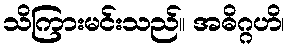
သိကြားမင်းသည်။ အဓိဂ္ဂဟိ၊